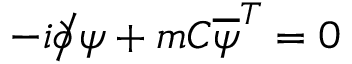
- i { \partial \! \! \! { \big / } } \psi + m C { \overline { { \psi } } } ^ { T } = 0